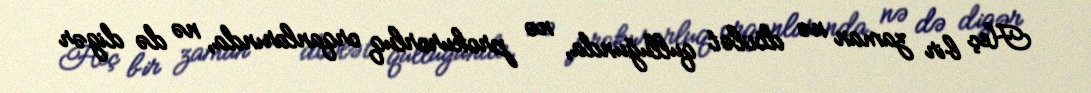
Heç bir zaman nə dövlət qulluğunda, nə prokurorluq orqanlarında, nə də digər